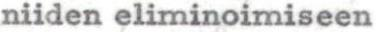
niiden eliminoimiseen